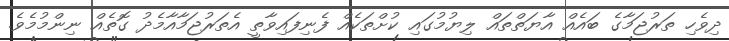
ދިވެހި ތަރުޖަމާގެ ބައެއް އާޔަތްތައް ލިޔުމުގައި ކުށްތަކެއް ފެނިފައިވާތީ އެތަރުޖަމާއާމެދު ގޮތެއް ނިންމުމެވެ.